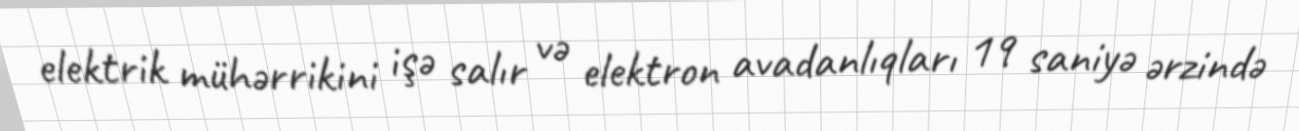
elektrik mühərrikini işə salır və elektron avadanlıqları 19 saniyə ərzində